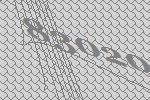
83020